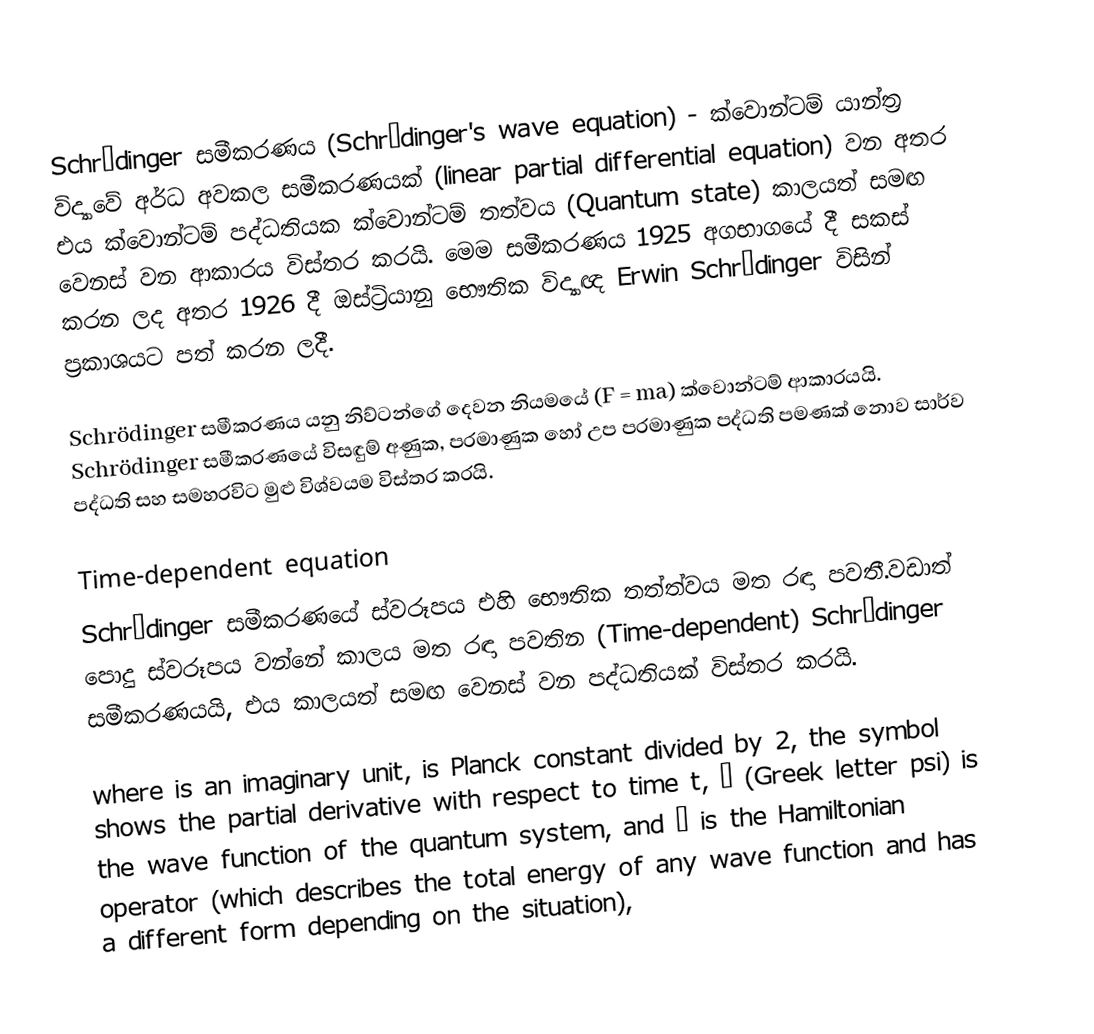
Schrödinger සමීකරණය (Schrödinger's wave equation) - ක්වොන්ටම් යාන්ත්‍ර විද්‍යාවේ අර්ධ අවකල සමීකරණයක් (linear partial differential equation) වන අතර එය ක්වොන්ටම් පද්ධතියක ක්වොන්ටම් තත්වය (Quantum state) කාලයත් සමඟ වෙනස් වන ආකාරය විස්තර කරයි. මෙම සමීකරණය 1925 අගභාගයේ දී සකස් කරන ලද අතර 1926 දී ඔස්ට්‍රියානු භෞතික විද්‍යාඥ Erwin Schrödinger විසින් ප්‍රකාශයට පත් කරන ලදී.

Schrödinger සමීකරණය යනු නිව්ටන්ගේ දෙවන නියමයේ (F = ma) ක්වොන්ටම් ආකාරයයි. Schrödinger සමීකරණයේ විසඳුම් අණුක, පරමාණුක හෝ උප පරමාණුක පද්ධති පමණක් නොව සාර්ව පද්ධති සහ සමහරවිට මුළු විශ්වයම විස්තර කරයි.

Time-dependent equation
Schrödinger සමීකරණයේ ස්වරූපය එහි භෞතික තත්ත්වය මත රඳා පවතී.වඩාත් පොදු ස්වරූපය වන්නේ කාලය මත රඳා පවතින (Time-dependent) Schrödinger   සමීකරණයයි, එය කාලයත් සමඟ වෙනස් වන පද්ධතියක් විස්තර කරයි.

where  is an imaginary unit,  is Planck constant divided by 2, the symbol   shows the partial derivative with respect to time t, Ψ (Greek letter psi) is the wave function of the quantum system, and Ĥ is the Hamiltonian operator (which describes the total energy of any wave function and has a different form depending on the situation),